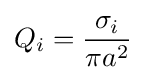
Q_{i}={\frac {\sigma _{i}}{\pi a^{2}}}